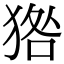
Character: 㹾